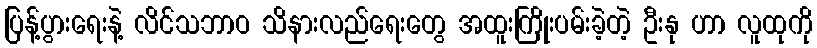
ပြန့်ပွားရေးနဲ့ လိင်သဘာဝ သိနားလည်ရေးတွေ အထူးကြိုးပမ်းခဲ့တဲ့ ဦးနု ဟာ လူထုကို